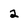
Character: 2